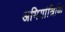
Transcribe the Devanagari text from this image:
अभियांत्रिकि